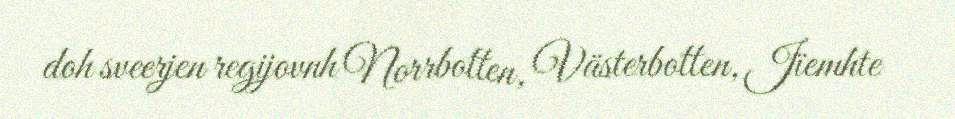
doh sveerjen regijovnh Norrbotten, Västerbotten, Jïemhte